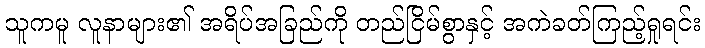
သူကမူ လူနာများ၏ အရိပ်အခြည်ကို တည်ငြိမ်စွာနှင့် အကဲခတ်ကြည့်ရှုရင်း